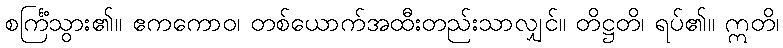
စင်္ကြံသွား၏။ ဧကကောဝ၊ တစ်ယောက်အထီးတည်းသာလျှင်။ တိဋ္ဌတိ၊ ရပ်၏။ ဣတိ၊